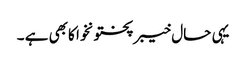
یہی حال خیبرپختونخوا کابھی ہے ۔